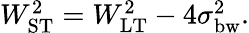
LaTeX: \begin{array}{r}{W_{\mathrm{ST}}^{2}=W_{\mathrm{LT}}^{2}-4\sigma_{\mathrm{bw}}^{2}.}\end{array}